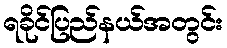
ရခိုင်ပြည်နယ်အတွင်း